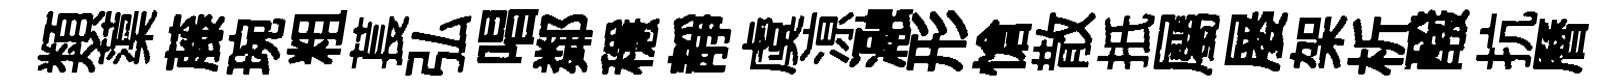
類蕖藤琬粗萇弘唱鄰穩静虞鿌瀜形愴散扺屬屡架析醱抗曆